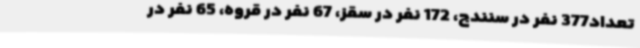
تعداد377 نفر در سنندج، 172 نفر در سقز، 67 نفر در قروه، 65 نفر در